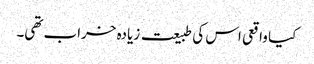
کیا واقعی اس کی طبیعت زیادہ خراب تھی۔